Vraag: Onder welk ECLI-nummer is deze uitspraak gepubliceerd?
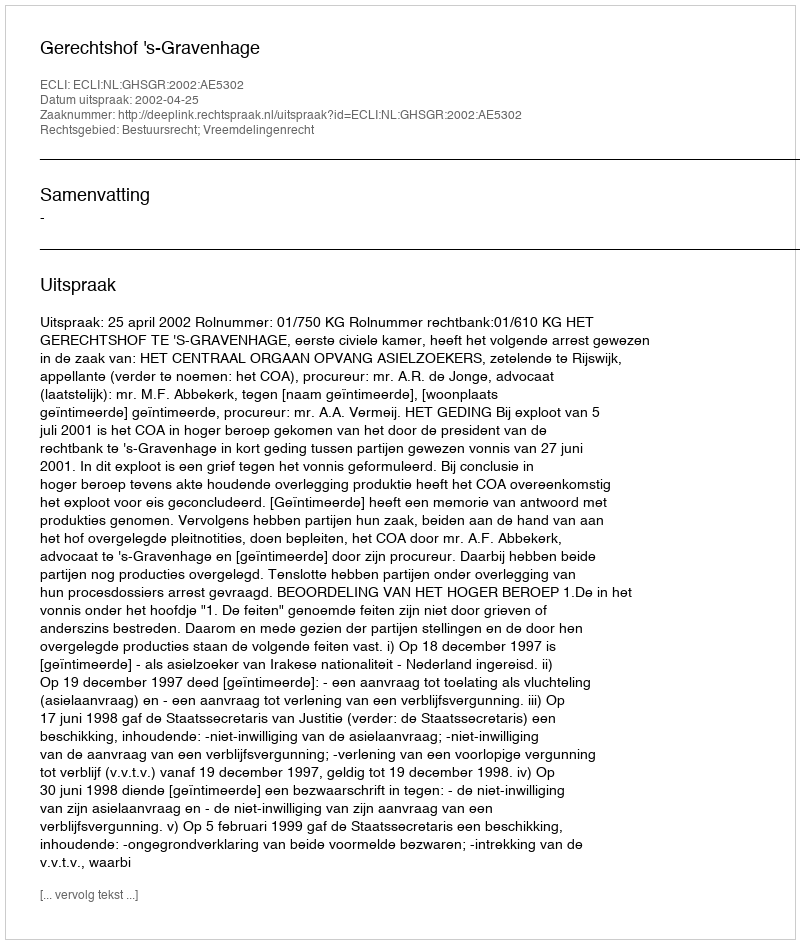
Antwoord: ECLI:NL:GHSGR:2002:AE5302